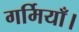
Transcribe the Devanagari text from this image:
गर्मियाँ।